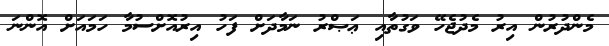
މެންދުރުން އިރު މެދުޖެހޭ ވަގުތާއި ޢަޞްރު ނަމާދަށް ފަހު އިރުއޮށްސުމާ ހަމައަށް އޮންނަ